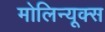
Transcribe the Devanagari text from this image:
मोलिन्यूक्स